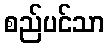
စည်ပင်သာ